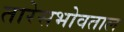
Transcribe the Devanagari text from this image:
तारेसभोवताल